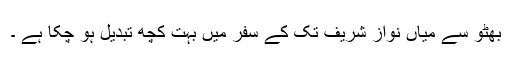
بھٹو سے میاں نواز شریف تک کے سفر میں بہت کچھ تبدیل ہو چکا ہے ۔